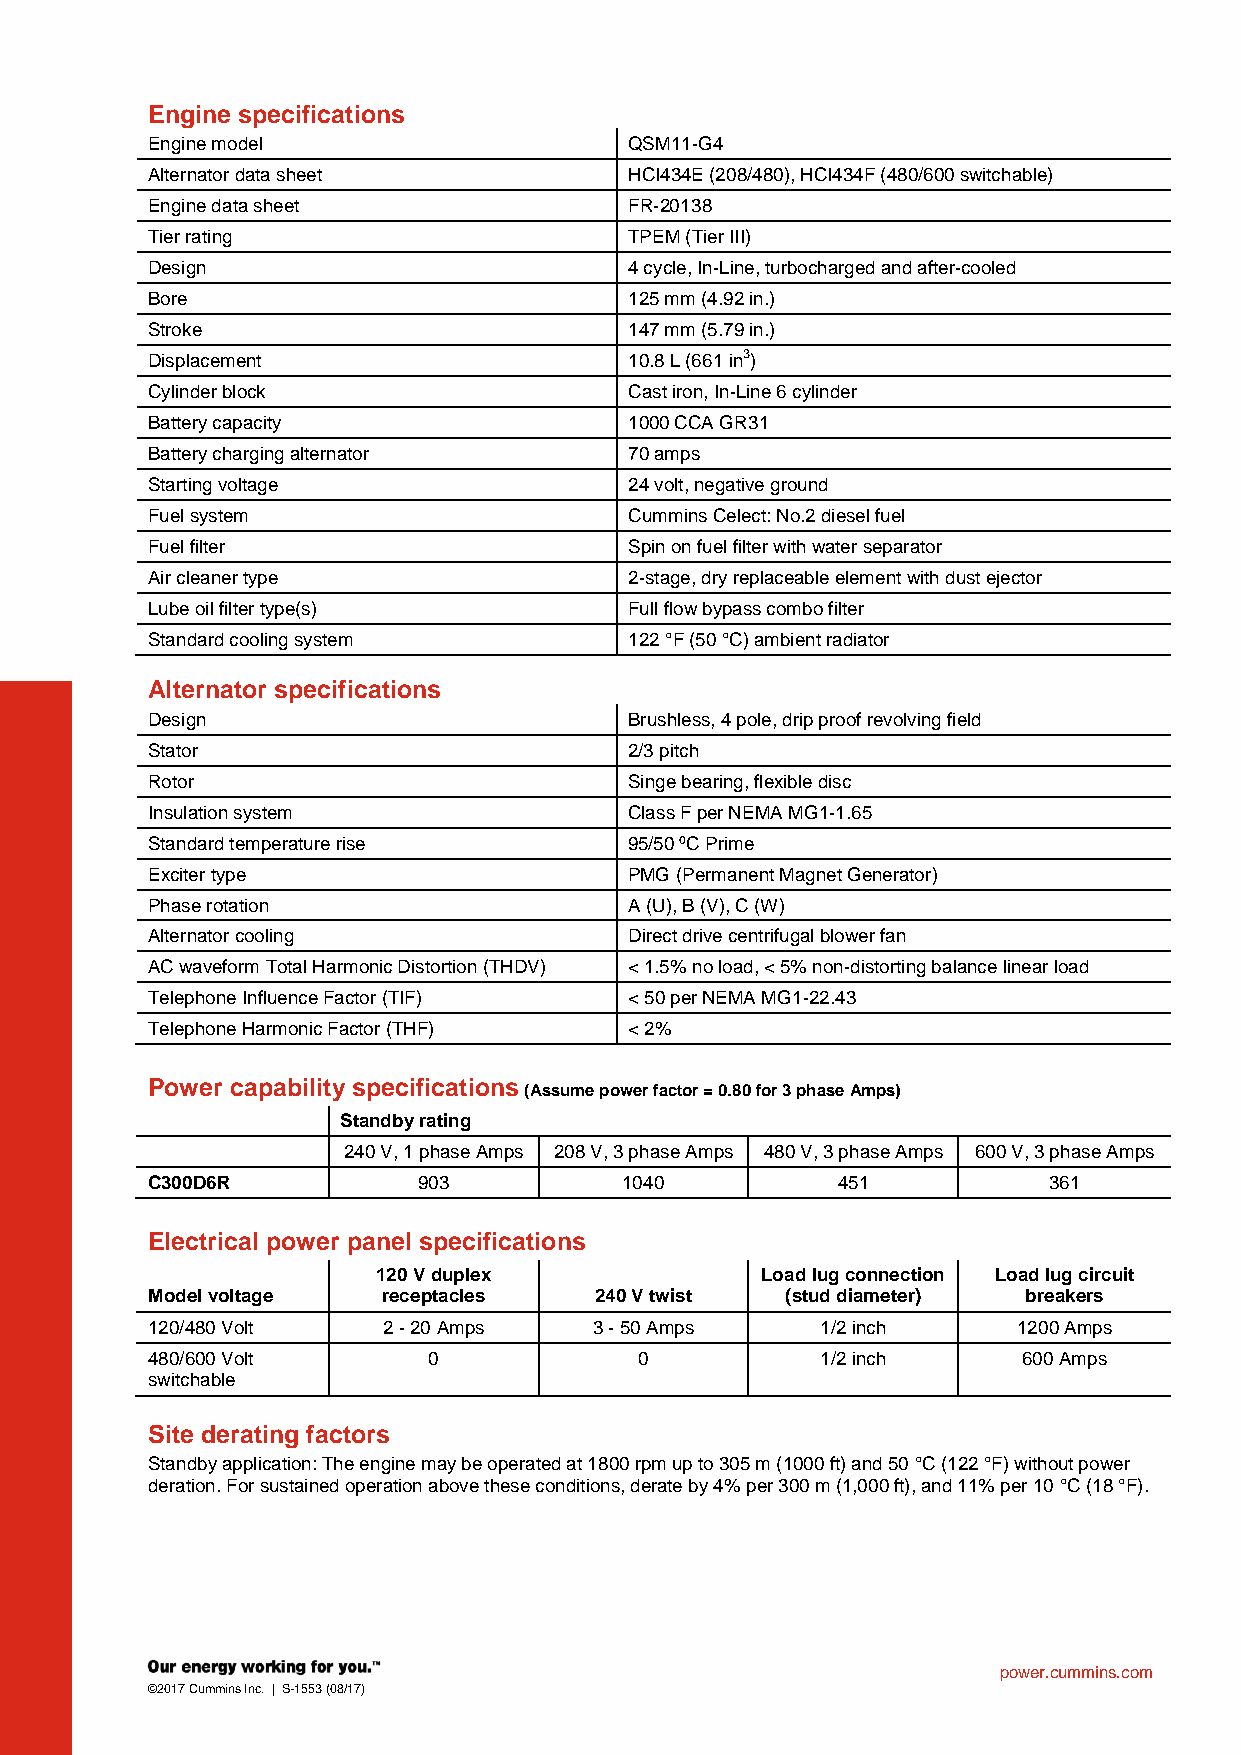
Engine specifications
 Engine model                    QSM11-G4
 Alternator data sheet           HCI434E (208/480), HCI434F (480/600 switchable)
 Engine data sheet               FR-20138
 Tier rating                     TPEM (Tier III)
 Design                          4 cycle, In-Line, turbocharged and after-cooled
 Bore                            125 mm (4.92 in.)
 Stroke                          147 mm (5.79 in.)
 Displacement                    10.8 L (661 in3)
 Cylinder block                  Cast iron, In-Line 6 cylinder
 Battery capacity                1000 CCA GR31
 Battery charging alternator     70 amps
 Starting voltage                24 volt, negative ground
 Fuel system                     Cummins Celect: No.2 diesel fuel
 Fuel filter                     Spin on fuel filter with water separator
 Air cleaner type                2-stage, dry replaceable element with dust ejector
 Lube oil filter type(s)         Full flow bypass combo filter
 Standard cooling system         122 °F (50 °C) ambient radiator
 Alternator specifications
 Design                          Brushless, 4 pole, drip proof revolving field
 Stator                          2/3 pitch
 Rotor                           Singe bearing, flexible disc
 Insulation system               Class F per NEMA MG1-1.65
 Standard temperature rise       95/50 ºC Prime
 Exciter type                    PMG (Permanent Magnet Generator)
 Phase rotation                  A (U), B (V), C (W)
 Alternator cooling              Direct drive centrifugal blower fan
 AC waveform Total Harmonic Distortion (THDV) < 1.5% no load, < 5% non-distorting balance linear load
 Telephone Influence Factor (TIF) < 50 per NEMA MG1-22.43
 Telephone Harmonic Factor (THF) < 2%
 Power capability specifications
 (Assume power factor = 0.80 for 3 phase Amps)
 Standby rating
 240 V, 1 phase Amps 208 V, 3 phase Amps 480 V, 3 phase Amps 600 V, 3 phase Amps
 C300D6R           903          1040          451           361
 Electrical power panel specifications
 120 V duplex             Load lug connection Load lug circuit
 Model voltage  receptacles   240 V twist  (stud diameter) breakers
 120/480 Volt   2 - 20 Amps   3 - 50 Amps    1/2 inch     1200 Amps
 480/600 Volt      0             0           1/2 inch      600 Amps
 switchable
 Site derating factors
 Standby application: The engine may be operated at 1800 rpm up to 305 m (1000 ft) and 50 °C (122 °F) without power
 deration. For sustained operation above these conditions, derate by 4% per 300 m (1,000 ft), and 11% per 10 °C (18 °F).
 power.cummins.com
 ©2017 Cummins Inc. | S-1553 (08/17)